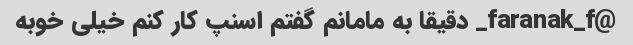
@faranak_f_ دقیقا به مامانم گفتم اسنپ کار کنم خیلی خوبه